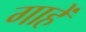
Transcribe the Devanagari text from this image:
गाहें